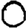
Digit: 0